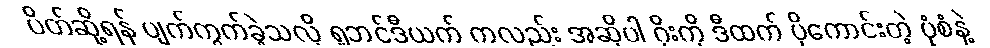
ပိတ်ဆို့ရန် ပျက်ကွက်ခဲ့သလို ရူဘင်ဒီယက် ကလည်း အဆိုပါ ဂိုးကို ဒီထက် ပိုကောင်းတဲ့ ပုံစံနဲ့